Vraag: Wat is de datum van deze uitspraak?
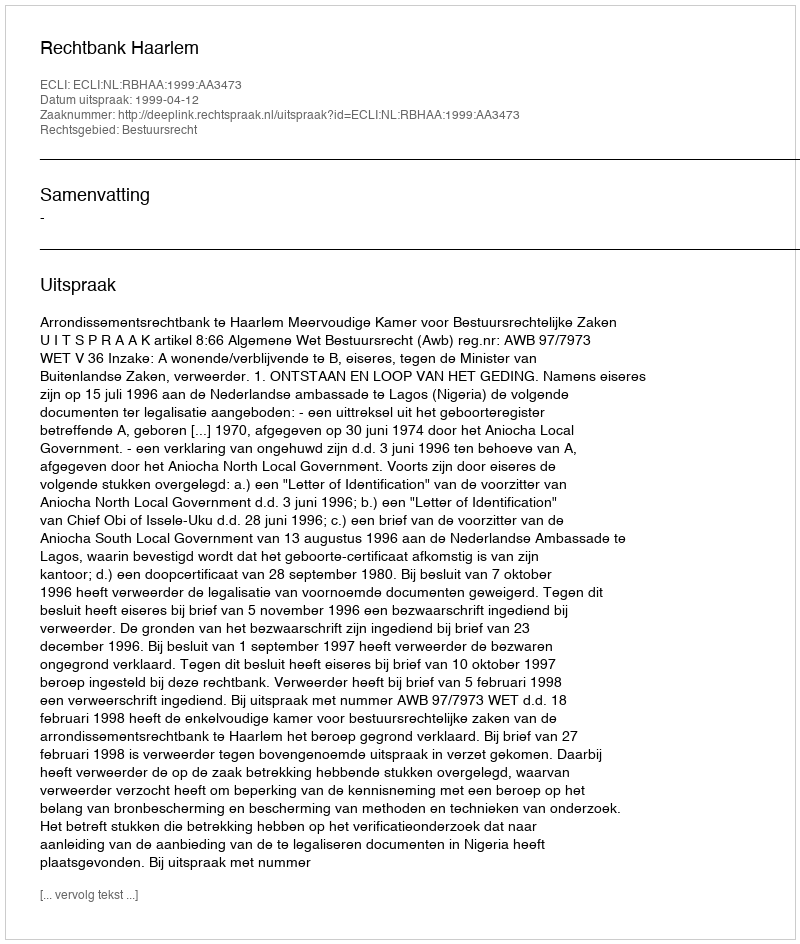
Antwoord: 1999-04-12